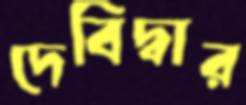
দেবিদ্বার